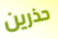
حذرين